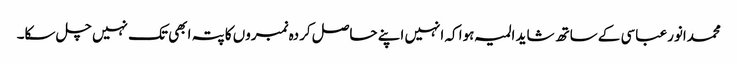
محمدانورعباسی کے ساتھ شاید المیہ ہوا کہ انہیں اپنے حاصل کردہ نمبروں کا پتہ ابھی تک نہیں چل سکا۔